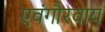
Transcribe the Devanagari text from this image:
एवंगौरवाय